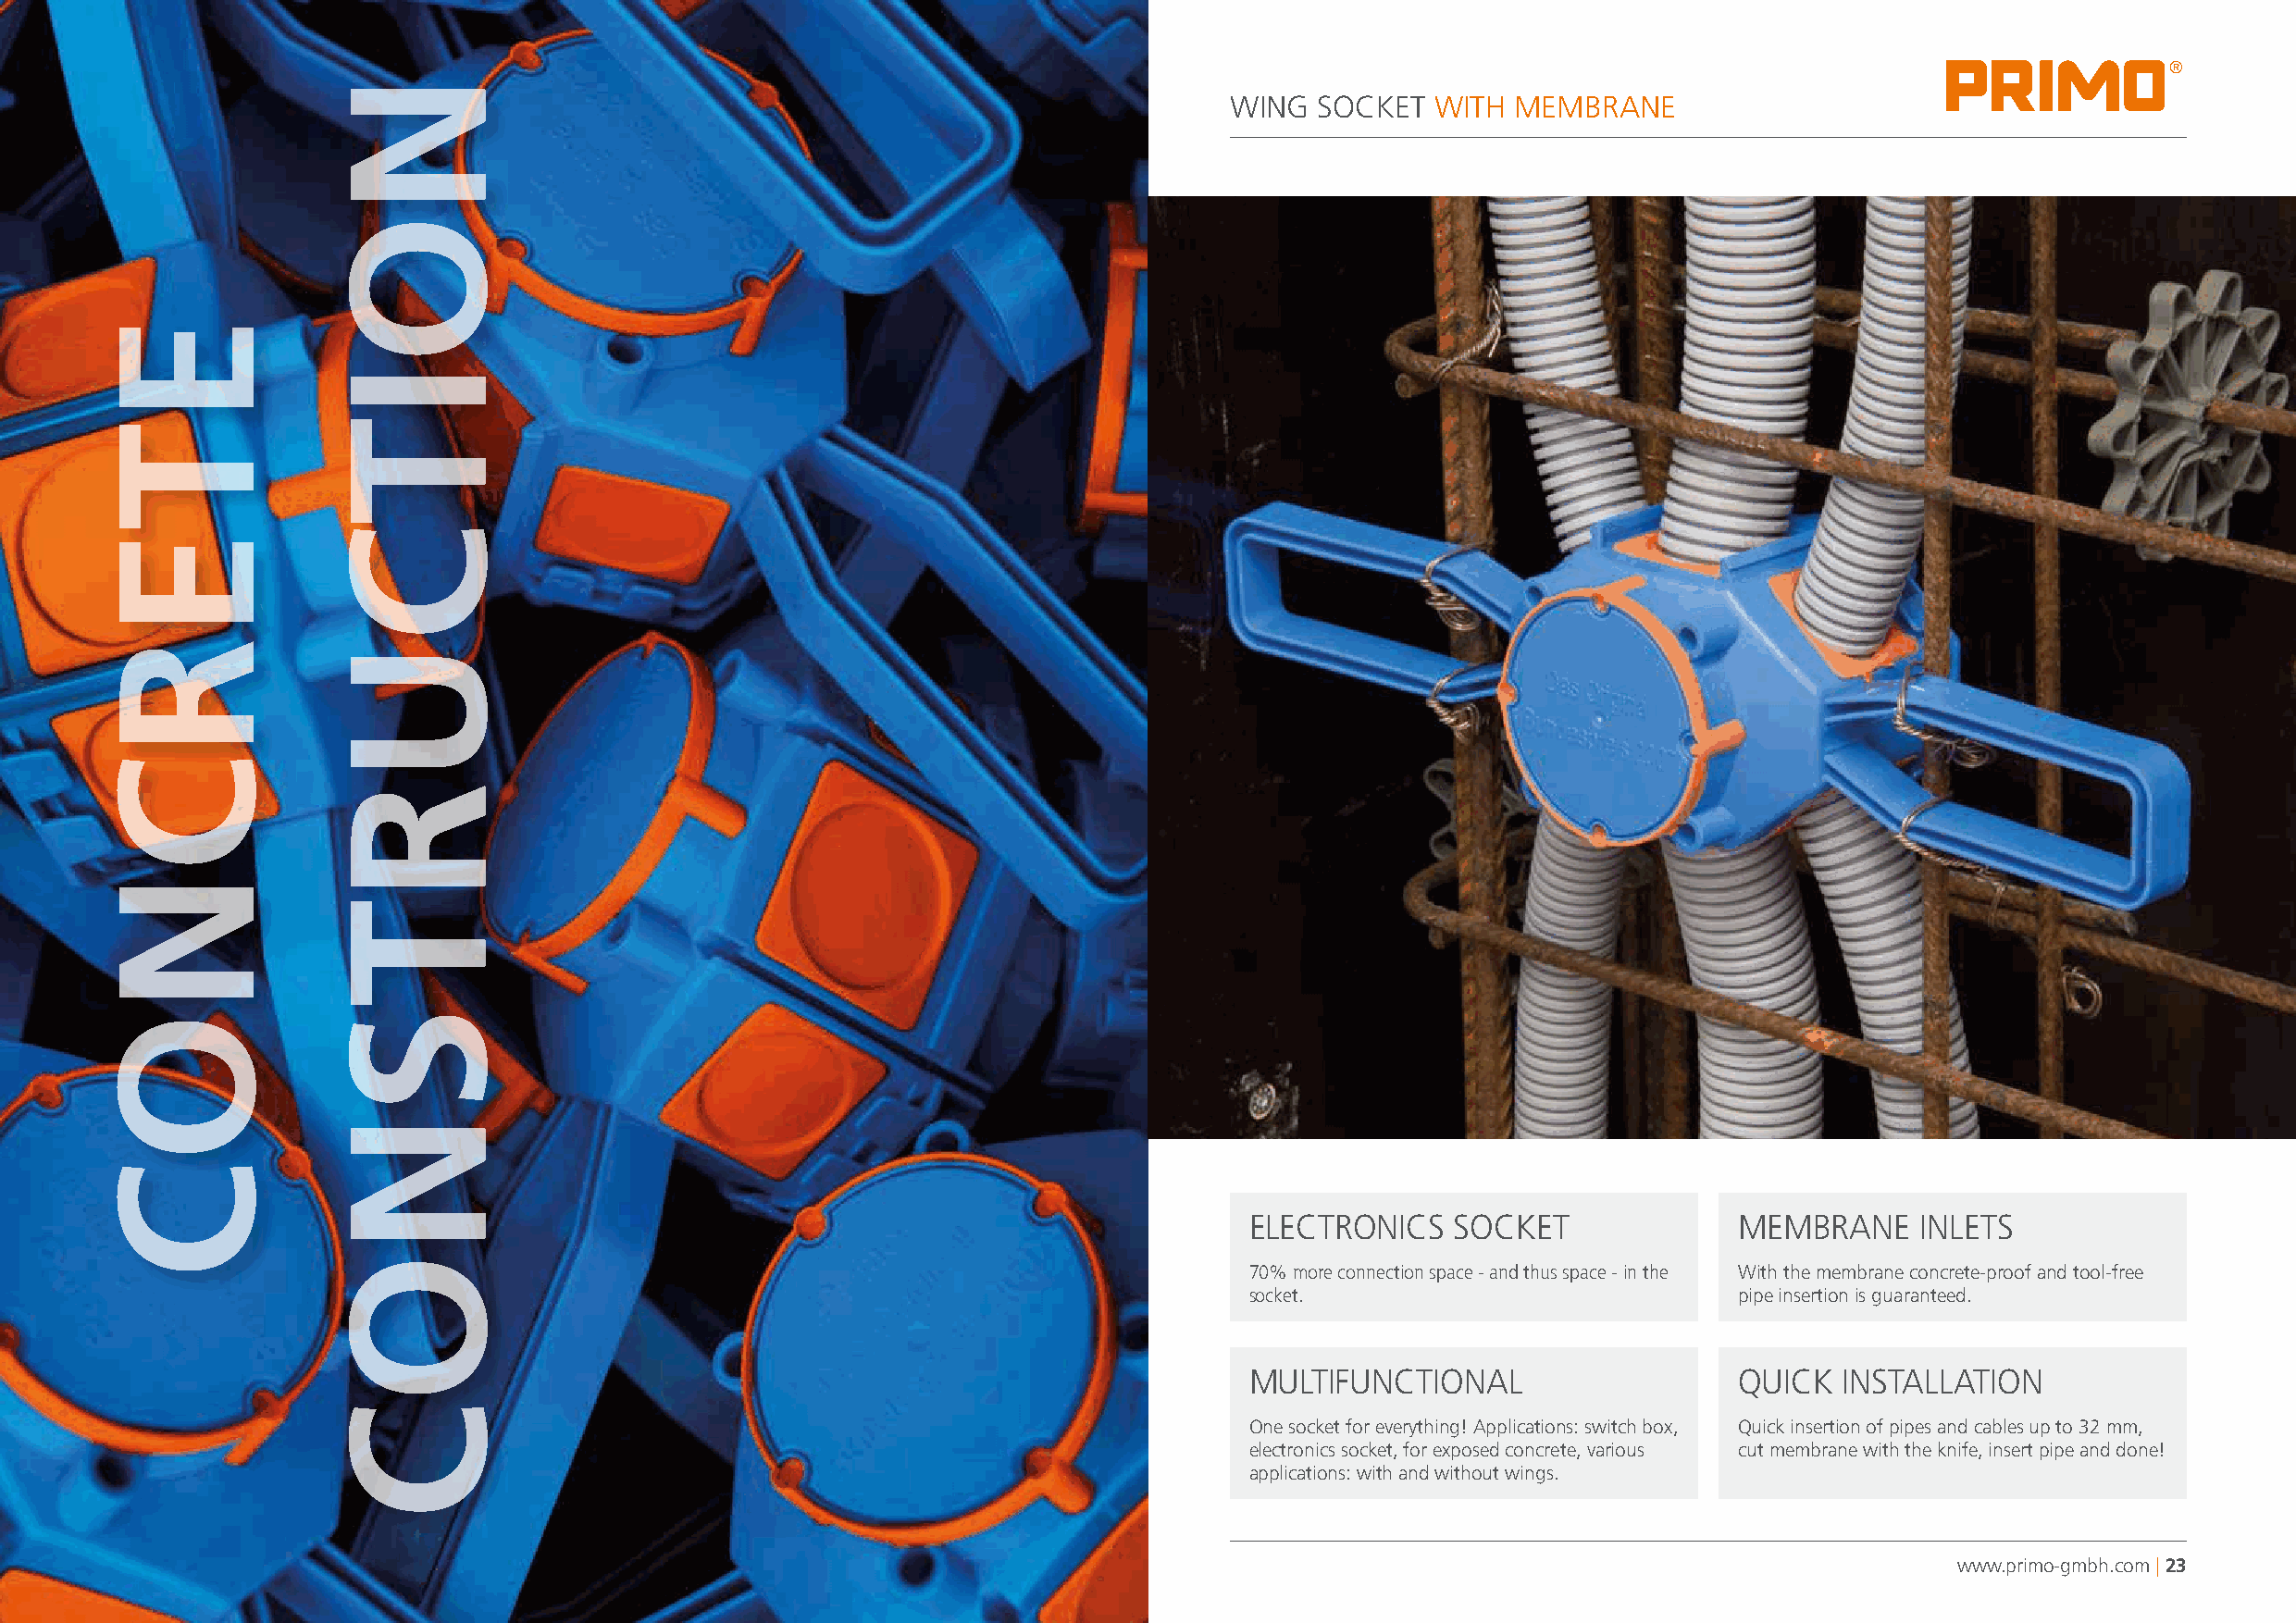
®
 WING  SOCKET   WITH MEMBRANE
 ELECTRONICS    SOCKET              MEMBRANE     INLETS
 70% more connection space - and thus space - in the With the membrane concrete-proof and tool-free
 socket.                            pipe insertion is guaranteed.
 MULTIFUNCTIONAL                    QUICK   INSTALLATION
 One socket for everything! Applications: switch box, Quick insertion of pipes and cables up to 32 mm,
 electronics socket, for exposed concrete, various cut membrane with the knife, insert pipe and done!
 applications: with and without wings.
 www.primo-gmbh.com | 23
 ETERCNOC
 NOITCURTSNOC